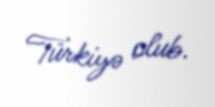
Türkiyə olub.